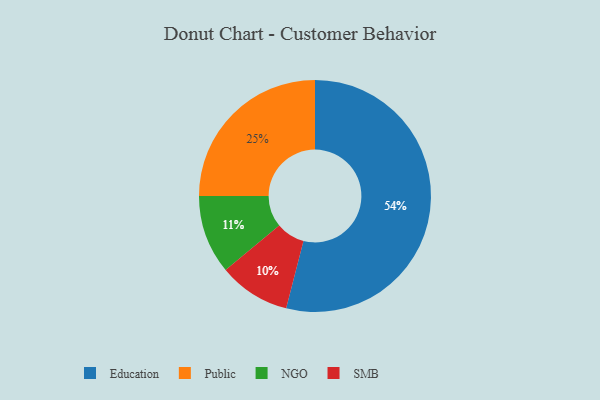
{"axis": {"x": "Category", "y": "Percentage"}, "legend": ["Education", "NGO", "Public", "SMB"], "data": [{"x": "SMB", "y": 10, "type": "SMB"}, {"x": "NGO", "y": 11, "type": "NGO"}, {"x": "Education", "y": 54, "type": "Education"}, {"x": "Public", "y": 25, "type": "Public"}]}